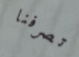
تصرفنا